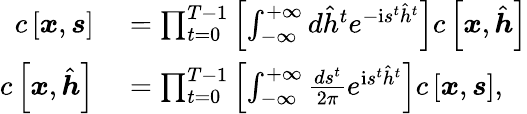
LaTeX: \begin{array}{rl}{c\left[\boldsymbol{x},\boldsymbol{s}\right]}&{{}=\prod_{t=0}^{T-1}\left[\int_{-\infty}^{+\infty}d\hat{h}^{t}e^{-\mathrm{i}s^{t}\hat{h}^{t}}\right]c\left[\boldsymbol{x},\hat{\boldsymbol{h}}\right]}\\ {c\left[\boldsymbol{x},\hat{\boldsymbol{h}}\right]}&{{}=\prod_{t=0}^{T-1}\left[\int_{-\infty}^{+\infty}\frac{ds^{t}}{2\pi}e^{\mathrm{i}s^{t}\hat{h}^{t}}\right]c\left[\boldsymbol{x},\boldsymbol{s}\right],}\end{array}